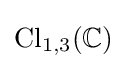
{\text{Cl}}_{1,3}(\mathbb {C} )